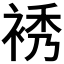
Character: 𧚘